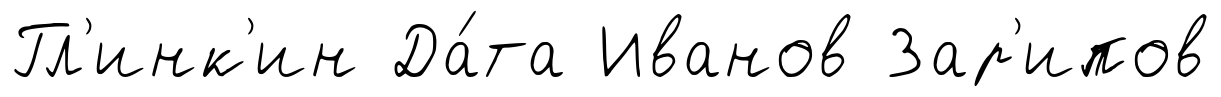
Гл'инк'ин Да́та Иванов Зар'ипов